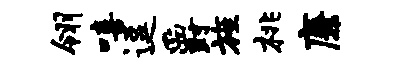
翎嘻逗爵旌桃廉